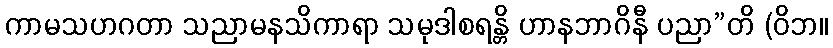
ကာမသဟဂတာ သညာမနသိကာရာ သမုဒါစရန္တိ ဟာနဘာဂိနီ ပညာ”တိ (ဝိဘ။